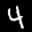
Label: 4